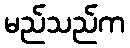
မည်သည်က